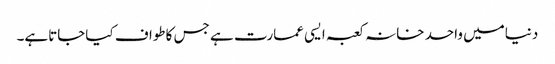
دنیامیں واحد خانہ کعبہ ایسی عمارت ہے جس کاطواف کیاجاتاہے۔